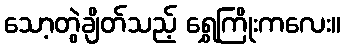
သော့တွဲချိတ်သည့် ရွှေကြိုးကလေး။